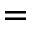
\bf { = }